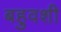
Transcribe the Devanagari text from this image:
बहुवशी